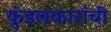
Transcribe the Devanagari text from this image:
कुंडलकारांची